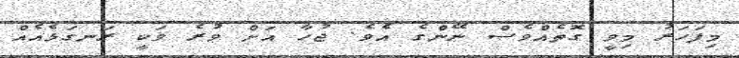
މިފަހަރު މިވީ ގޮތެއްވެސް ނޭންގެ އެވެ. ޖުހާ އަށް ވުރެ ވަކީ ރަނގަޅެއެއް